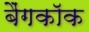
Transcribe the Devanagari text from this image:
बैंगकाॅक